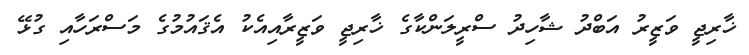
ޚާރިޖީ ވަޒީރު އަބްދު ޝާހިދު ސްރީލަންކާގެ ޚާރިޖީ ވަޒީރާއިއެކު އެޤައުމުގެ މަސްރަހާއި ގުޅޭ